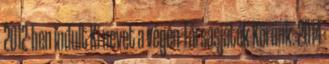
2012-ben indult Ki nevet a végén Társasjáték Körünk. 2014